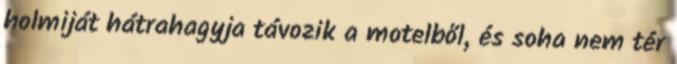
holmiját hátrahagyja távozik a motelből, és soha nem tér